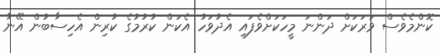
ކޮންމެވެސް ވަރަކަށް ދަންނަ މީހަކަށްވެފައި އެދުވަހު އެކަން ކުރުމުގެ ކުރިން އެހިސާބުން އޭނާ